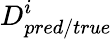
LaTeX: D_{pred/true}^{i}